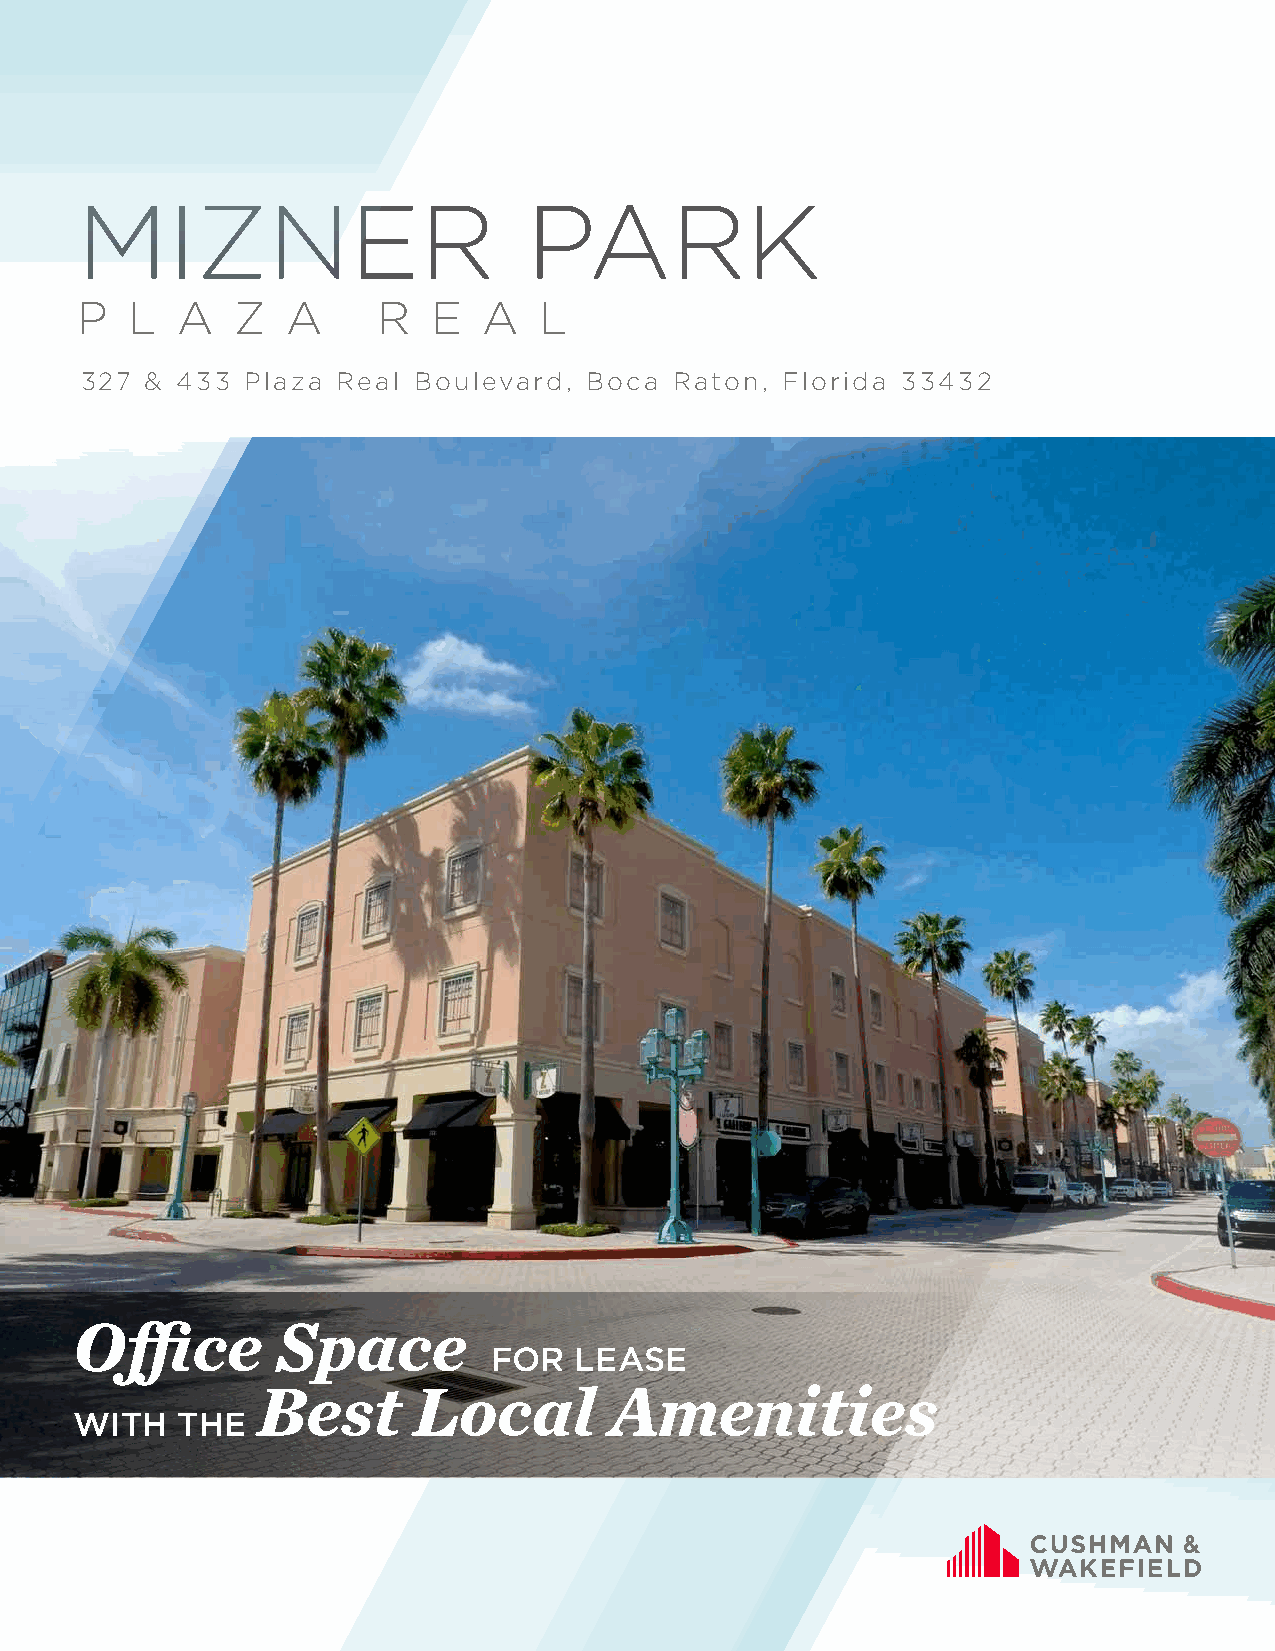
MIZNER                        PARK
 P  L   A  Z   A     R   E  A   L
 327  & 433 Plaza Real Boulevard,  Boca  Raton, Florida 33432
 Office       Space
 FOR   LEASE
 Best      Local        Amenities
 WITH   THE